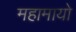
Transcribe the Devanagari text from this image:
महामायो